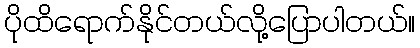
ပိုထိရောက်နိုင်တယ်လို့ပြောပါတယ်။